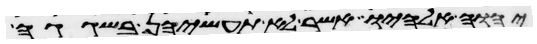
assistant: יהוה אלהיו אשר לא תעשיהן בשגגה